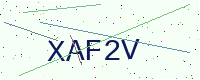
Text: XAF2V